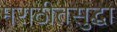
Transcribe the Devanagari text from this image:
मराठीतसुद्धा